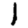
Digit: 1